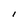
Character: I